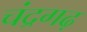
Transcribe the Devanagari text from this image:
चंद्रगढ़